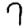
Digit: 7